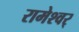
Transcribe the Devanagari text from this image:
रामेश्वर्